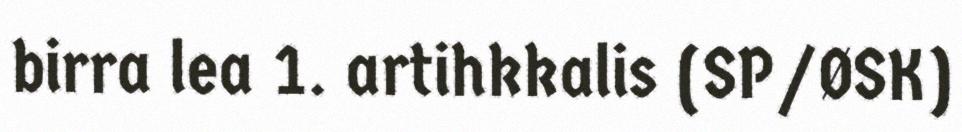
birra lea 1. artihkkalis (SP/ØSK)